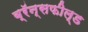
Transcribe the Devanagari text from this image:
ब्रॅन्सफील्ड